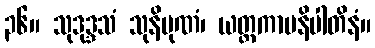
၃၆။ သုဒုဒ္ဒသံ သုနိပုဏံ၊ ယတ္ထကာမနိပါတိနံ။